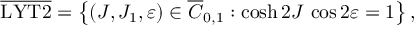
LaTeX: \overline { { \mathrm { L Y T 2 } } } = \left\{ ( J , J _ { 1 } , \varepsilon ) \in \overline { { C } } _ { 0 , 1 } : \cosh 2 J \, \cos 2 \varepsilon = 1 \right\} ,